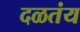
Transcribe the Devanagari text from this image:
दळतंय